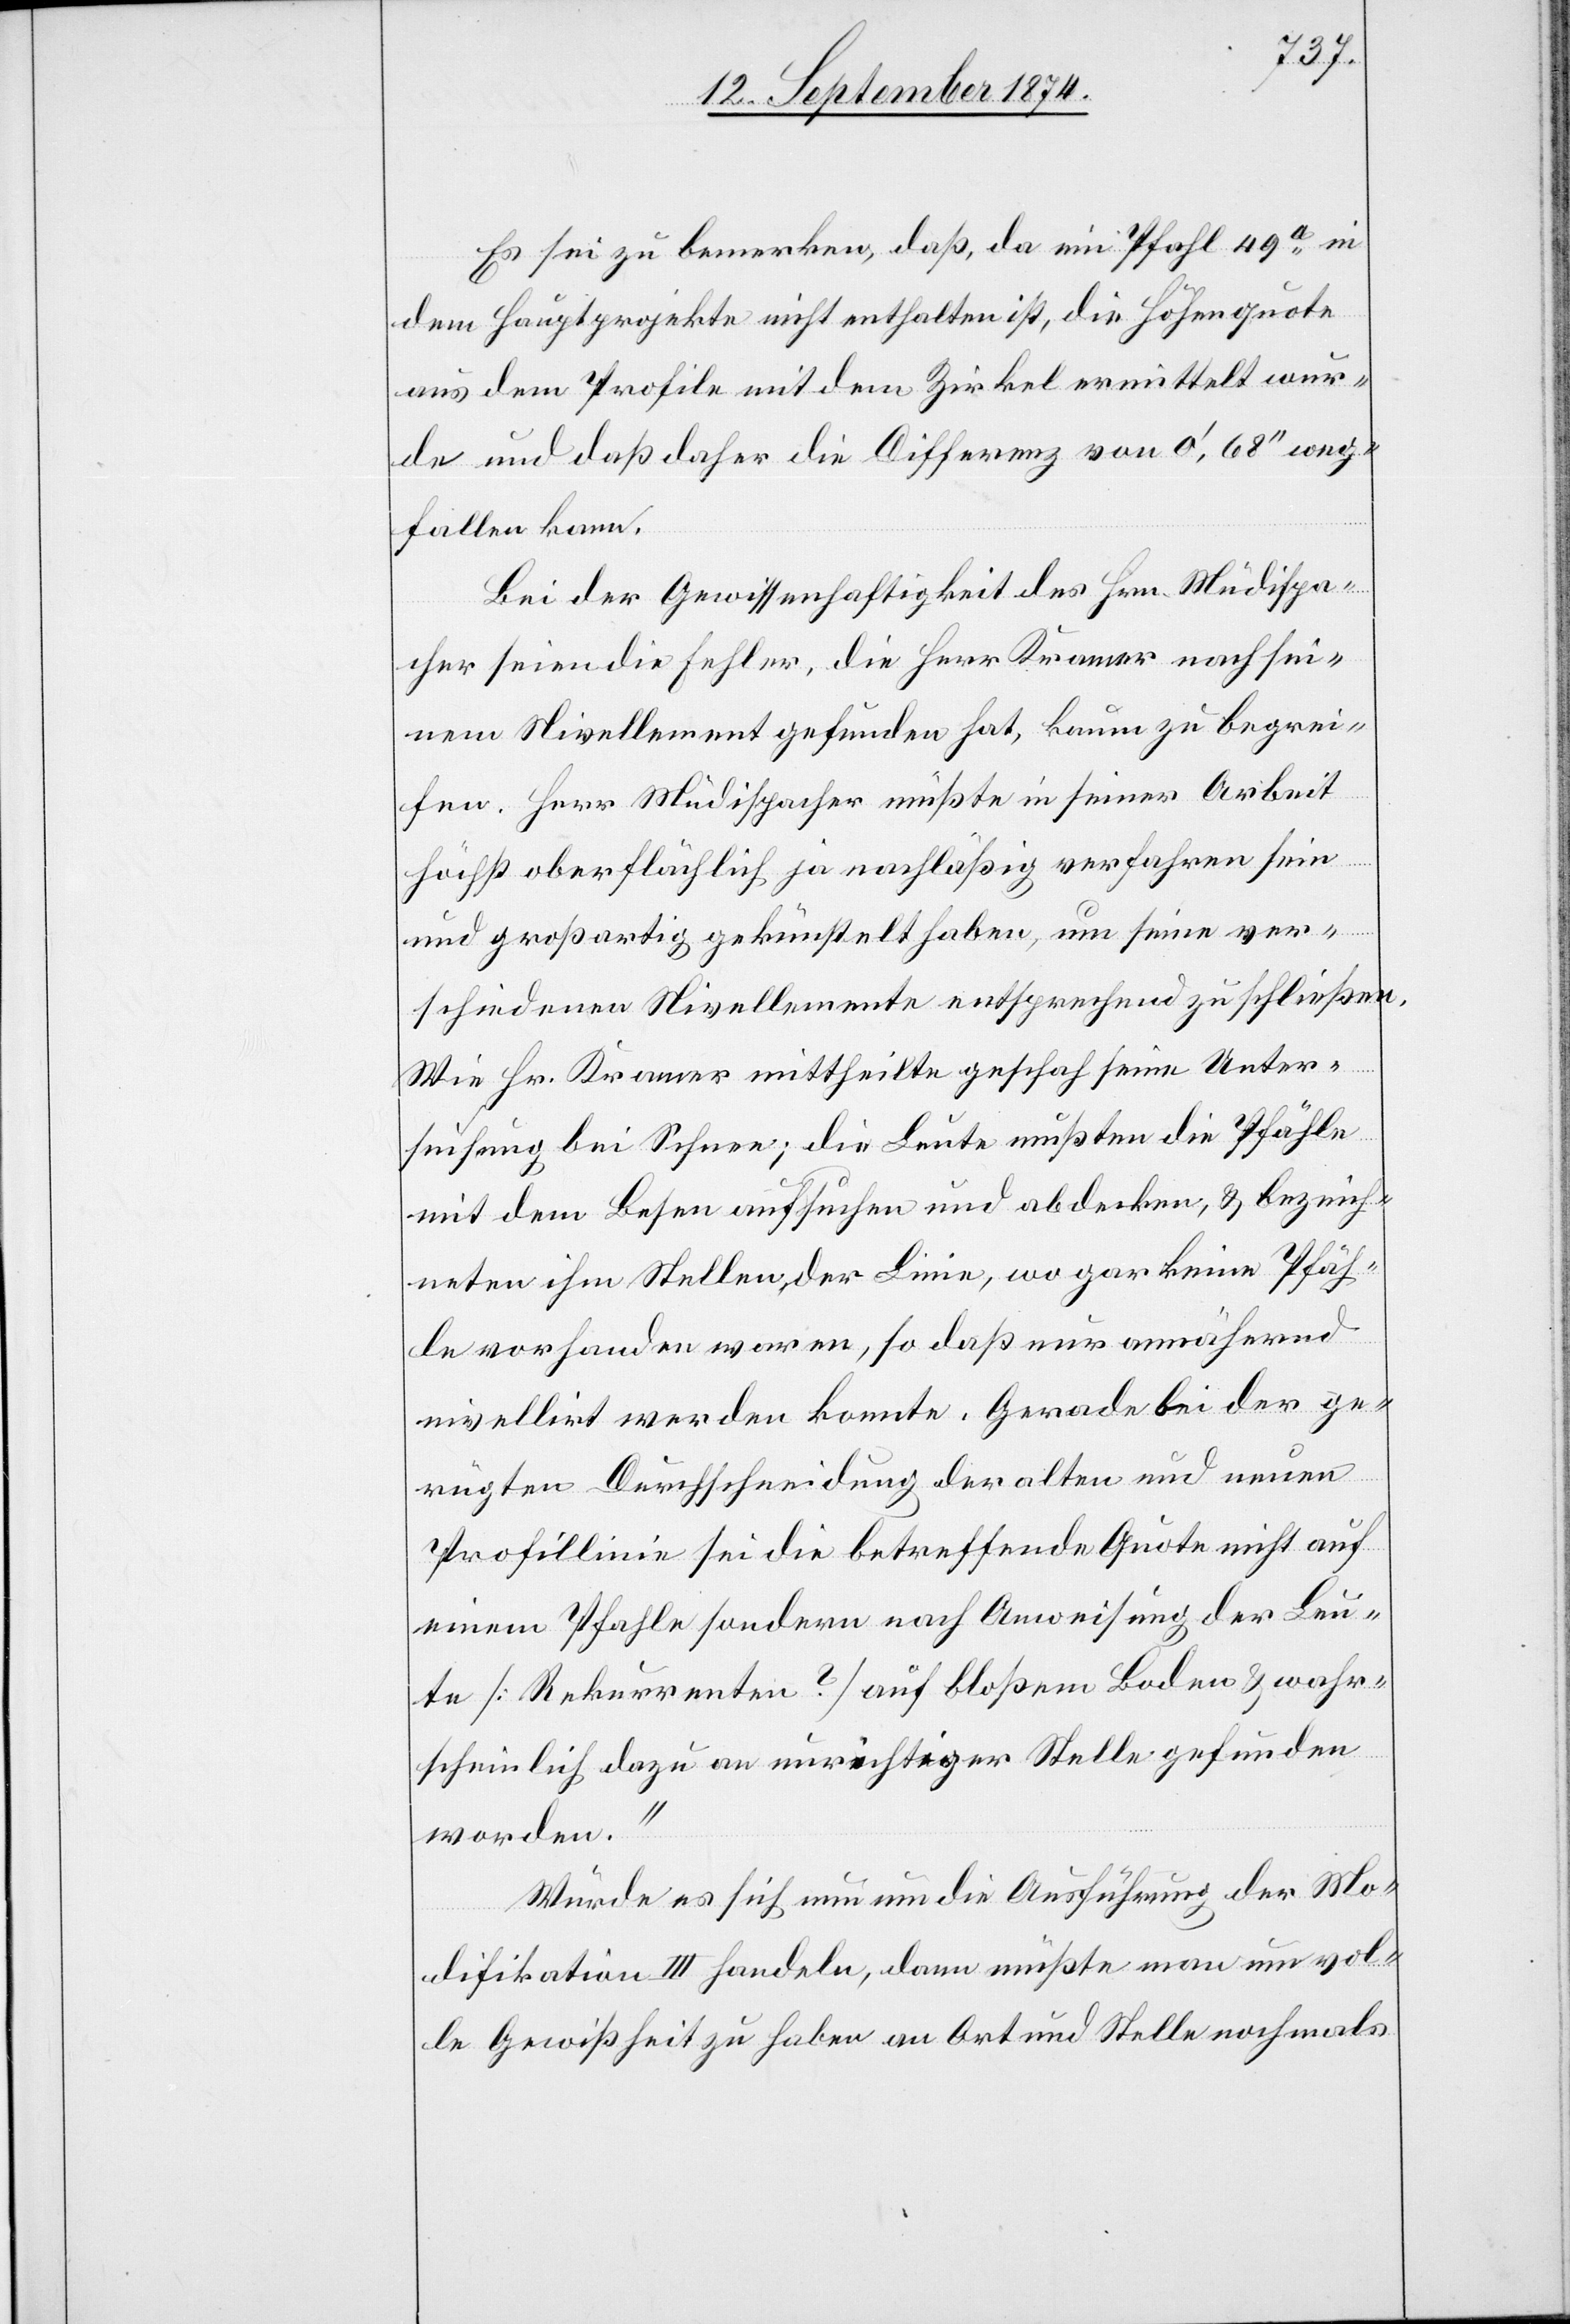
Es sei zu bemerken, daß, da ein Pfahl 49a in
dem Hauptprojekte nicht enthalten ist, die Höhenquote
aus dem Profile mit dem Zirkel ermittelt wur¬
de und daß daher die Differenz von 0‘ 68‘‘ weg¬
fallen kann.
Bei der Gewissenhaftigkeit des Hrn. Müdispa¬
cher seien die Fehler, die Herr Kramer nach sei¬
nem Nivellement gefunden hat, kaum zu begrei¬
fen. Herr Müdispacher müßte in seiner Arbeit
höchst oberflächlich ja nachläßig verfahren sein
und großartig gekünstelt haben, um seine ver¬
schiedenen Nivellemente entsprechend zu schließen.
Wie Hr. Kramer mittheilte geschah seine Unter¬
suchung bei Schnee; die Leute mußten die Pfähle
mit dem Besen aufsuchen und abdecken, & bezeich¬
neten ihm Stellen der Linie, wo gar keine Pfäh¬
le vorhanden waren, so daß nur annähernd
nivellirt werden konnte. Gerade bei der ge¬
rügten Durchschneidung der alten und neuen
Profillinie sei die betreffende Quote nicht auf
einem Pfahle sondern nach Anweisung der Leu¬
te [Rekurrenten?] auf bloßem Boden & wahr¬
scheinlich dazu an unrichtiger Stelle gefunden
worden.“
Würde es sich um die Ausführung der Mo¬
difikation III handeln, dann müßte man um vol¬
le Gewißheit zu haben an Ort und Stelle nochmals